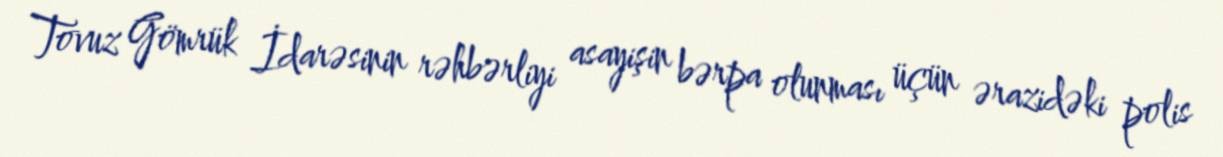
Tovuz Gömrük İdarəsinin rəhbərliyi asayişin bərpa olunması üçün ərazidəki polis